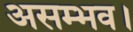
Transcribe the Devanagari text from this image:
असम्भव।